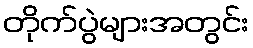
တိုက်ပွဲများအတွင်း